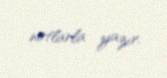
notlarla yazır.